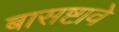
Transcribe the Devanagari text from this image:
बासष्टावे